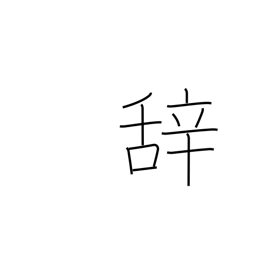
Meaning: term